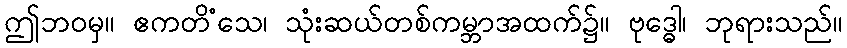
ဤဘဝမှ။ ဧကတိံသေ၊ သုံးဆယ်တစ်ကမ္ဘာအထက်၌။ ဗုဒ္ဓေါ၊ ဘုရားသည်။